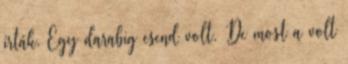
írták. Egy darabig csend volt. De most a volt